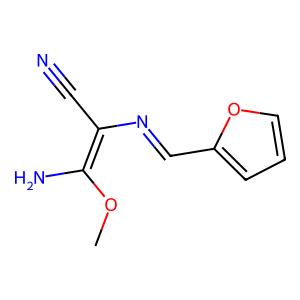
SMILES: COC(N)=C(C#N)N=Cc1ccco1
Inhibits HIV replication: No